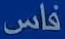
فاس